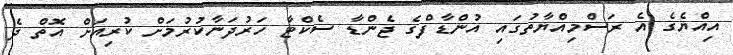
އިއްޔެގެ އެ ރަސްމިއްޔާތުގައި އުންޑާފްގެ ޖެންޑާ ސެކްޓާ ހަރުދަނާކުރުމަށް ކުރިއަށް އޮތް ދެ